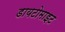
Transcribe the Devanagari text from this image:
डायटोमाइट